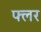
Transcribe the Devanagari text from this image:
फ्लर